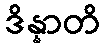
ဒိန္နာတိ